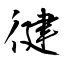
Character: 徤